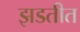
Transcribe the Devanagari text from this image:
झडतीत